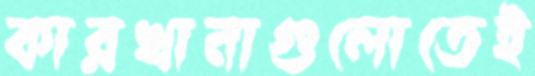
কারখানাগুলোতেই